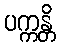
ပက္ကန္တိ